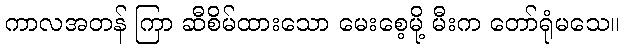
ကာလအတန် ကြာ ဆီစိမ်ထားသော မေးစေ့မို့ မီးက တော်ရုံမသေ။